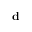
\bf d